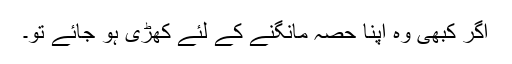
اگر کبھی وہ اپنا حصہ مانگنے کے لئے کھڑی ہو جائے تو۔